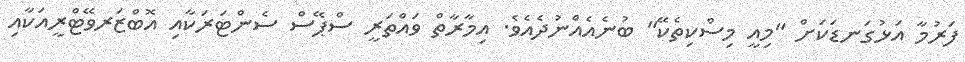
ފަރުމާ އަޅުގަނޑަކަށް "މިއީ މިސްކިތެކޭ" ބުނެއެއްނުދެއެވެ. އިމާރާތް ވައްތަރީ ސްޕޭސް ސެންޓަރަކާއި އޮބްޒަރވޭޓްރީއަކާއި